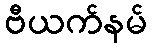
ဗီယက်နမ်